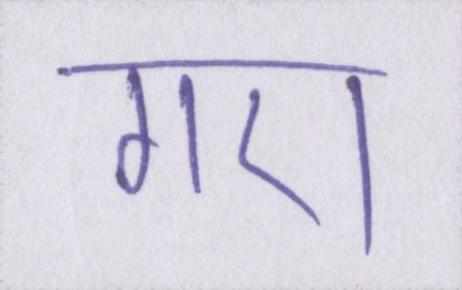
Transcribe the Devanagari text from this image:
गए